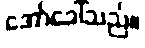
အော်ခေါ်သည်။